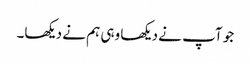
جو آپ نے دیکھا وہی ہم نے دیکھا۔